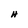
Character: H